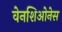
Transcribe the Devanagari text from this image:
वेनशिओनेस